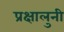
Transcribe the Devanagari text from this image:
प्रक्षालुनी